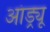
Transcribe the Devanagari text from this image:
आंड्र्यू